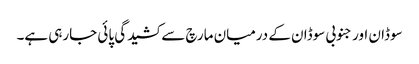
سوڈان اور جنوبی سوڈان کے درمیان مارچ سے کشیدگی پائی جارہی ہے۔